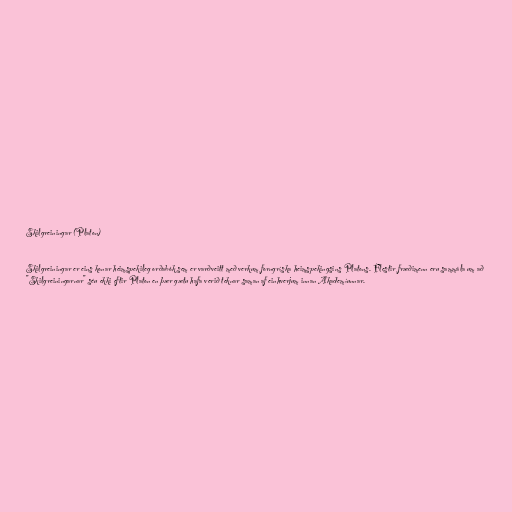
Skilgreiningar (Platon)

Skilgreiningar er eins konar heimspekileg orðabók sem er varðveitt með verkum forngríska heimspekingsins Platons. Flestir fræðimenn eru sammála um að
"Skilgreiningarnar" séu ekki eftir Platon en þær gætu hafa verið teknar saman af einhverjum innan Akademíunnar.